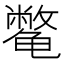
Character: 𱍈